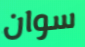
سوان